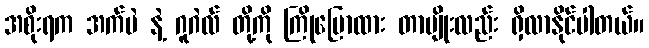
အစိုးရက အက်ပဲ နဲ့ ဂူဂဲလ် တို့ကို ကြိုပြောထား တာမျိုးလည်း ရှိလာနိုင်ပါတယ်။